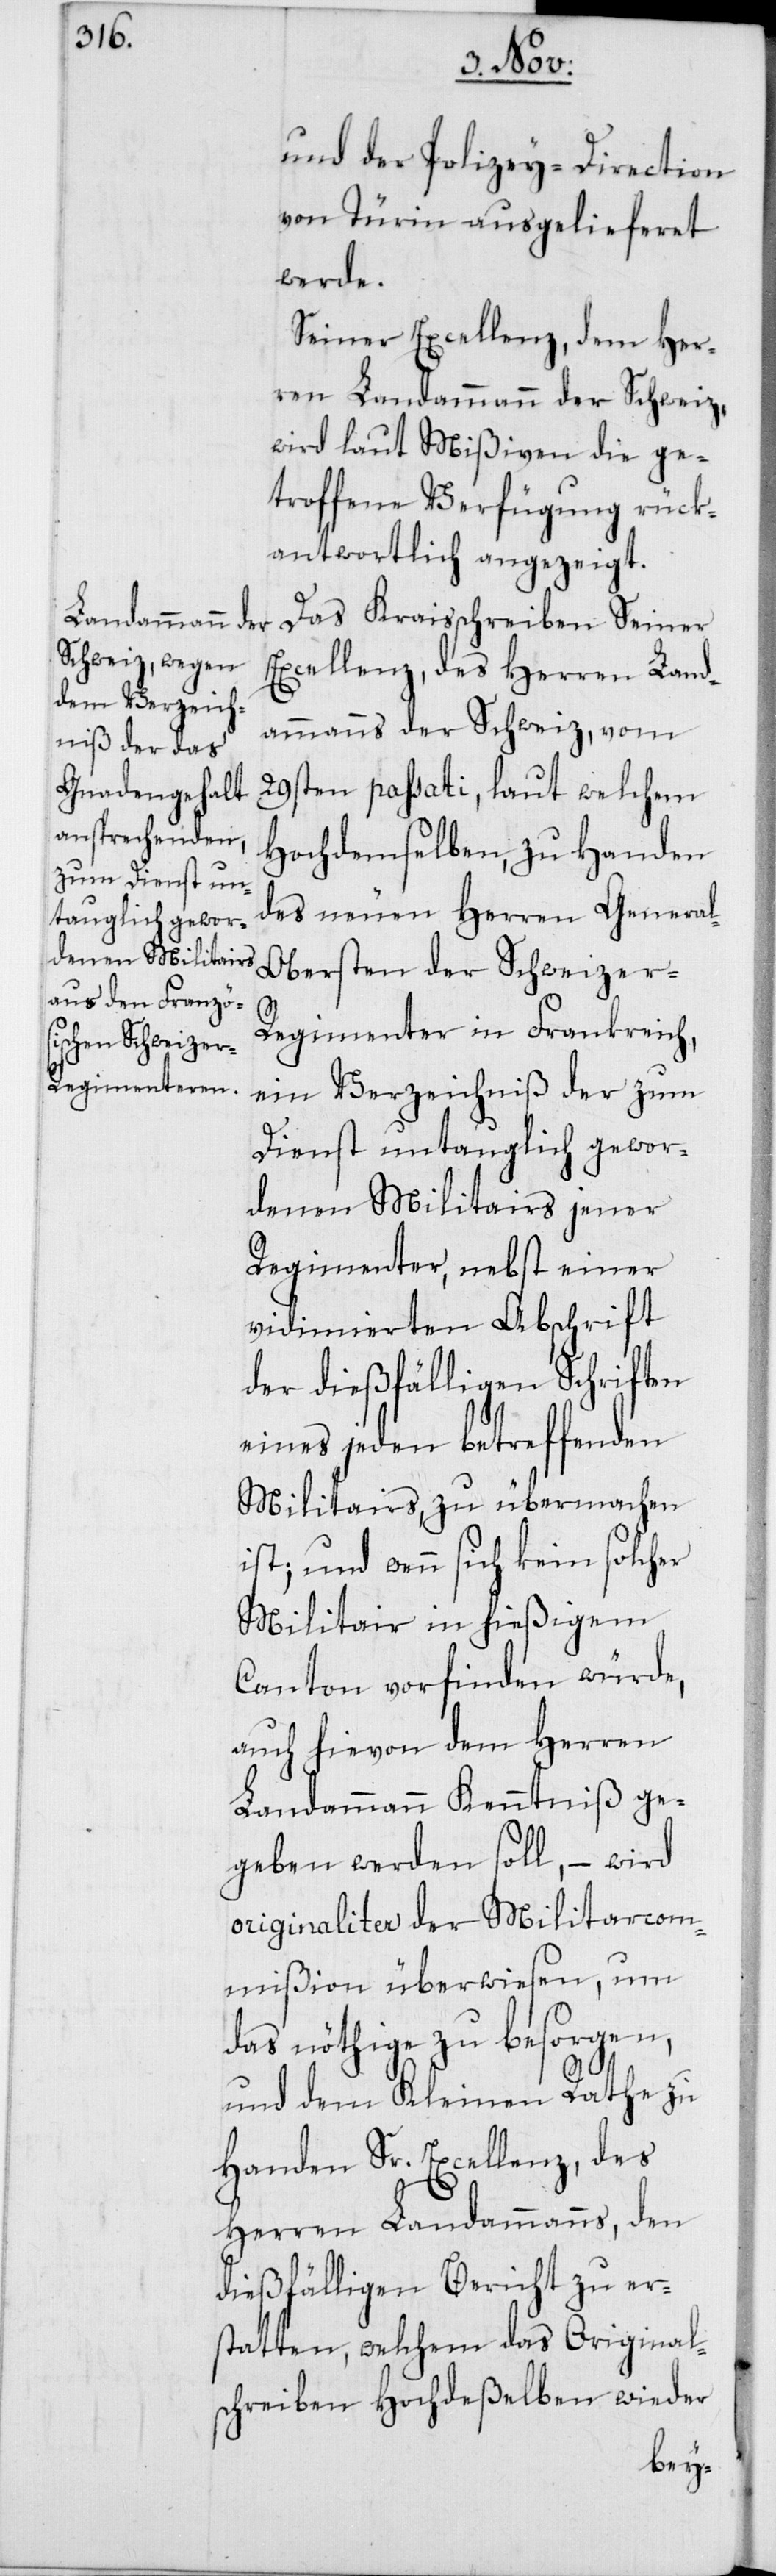
und der Polizey-Direction
von Türin ausgelieferet
werde.
Seiner Excellenz, dem Her¬
ren Landammann der Schweiz,
wird laut Mißiven die ge¬
troffene Verfügung rück¬
antwortlich angezeigt.
Das Kreisschreiben Seiner
Excellenz, des Herren Land¬
ammanns der Schweiz, vom
29sten passati, laut welchem
Hochdemselben, zu Handen
des neuen Herren Genera¬
l-Obersten der Schweizer-R¬
egimenter in Frankreich,
ein Verzeichniß der zum
Dienst untauglich gewor¬
denen Militairs jener
Regimenter, nebst einer
vidimierten Abschrift
der dießfälligen Schriften
eines jeden betreffenden
Militairs, zu übermachen
ist; und wenn sich kein solcher
Militair in hießigem
Canton vorfinden würde,
auch hievon dem Herren
Landammann Kenntniß ge¬
geben werden soll, – wird
originaliter der Militarcom¬
mißion überwiesen, um
das nöthige zu besorgen,
und dem Kleinen Rathe zu
Handen Sr. Excellenz, des
Herren Landammanns, den
dießfälligen Bericht zu er¬
statten, welchem das Original¬
schreiben Hochdeßelben wieder